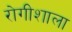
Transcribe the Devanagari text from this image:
रोगीशाला